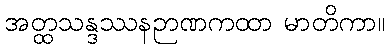
အတ္ထသန္ဒဿနဉာဏကထာ မာတိကာ။